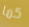
كما